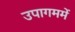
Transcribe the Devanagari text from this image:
उपागममें